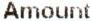
AMOUNT